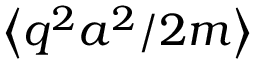
\left\langle q ^ { 2 } a ^ { 2 } / 2 m \right\rangle